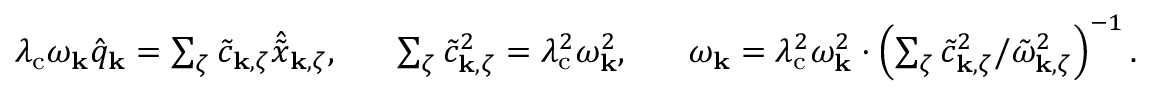
\begin{array} { r } { \lambda _ { \mathrm { c } } \omega _ { \mathbf { k } } \hat { q } _ { \mathbf { k } } = \sum _ { \zeta } \tilde { c } _ { { \bf k } , \zeta } \hat { \tilde { x } } _ { { \bf k } , \zeta } , ~ ~ ~ ~ ~ \sum _ { \zeta } \tilde { c } _ { { \bf k } , \zeta } ^ { 2 } = \lambda _ { \mathrm { c } } ^ { 2 } \omega _ { \mathbf { k } } ^ { 2 } , ~ ~ ~ ~ ~ \omega _ { \mathbf { k } } = \lambda _ { \mathrm { c } } ^ { 2 } \omega _ { \mathbf { k } } ^ { 2 } \cdot \left( \sum _ { \zeta } \tilde { c } _ { { \bf k } , \zeta } ^ { 2 } / \tilde { \omega } _ { { \bf k } , \zeta } ^ { 2 } \right) ^ { - 1 } . } \end{array}